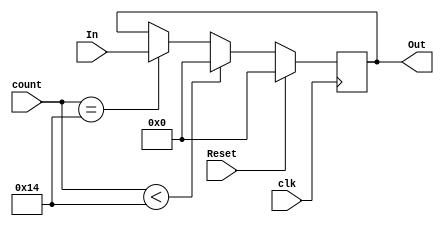
`timescale 1ns / 1ps

module Register(
    input [0:15] In,
    input clk,
    input [0:4] count,
    input Reset,
    output reg [0:15] Out 
);

    always@( posedge clk )begin
        
        if( Reset )begin
            Out = 16'd0;
        end

        else begin
            if( count < 5'd20 )begin
                Out <= 16'd0;
            end
            else if( count == 5'd20)begin
                Out <= In;
            end
            else begin
                Out <= Out;
            end
        end

    end

endmodule